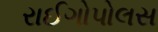
રાઈગોપોલસ